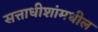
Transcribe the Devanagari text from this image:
सत्ताधीशांमधील